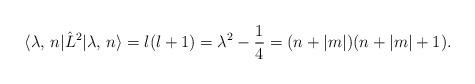
LaTeX: \begin{align*} \langle \lambda,\, n | \hat{L}^2 | \lambda,\, n \rangle = l(l+1) = \lambda^2 - \frac 14 = (n + |m|)(n + |m| + 1).\end{align*}